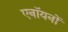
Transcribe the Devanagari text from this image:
एनॉयनों